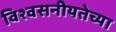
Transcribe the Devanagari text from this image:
विश्वसनीयतेच्या